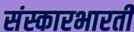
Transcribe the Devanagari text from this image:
संस्कारभारती